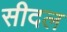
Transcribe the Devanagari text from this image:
सीदल